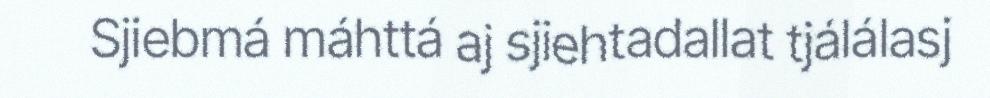
Sjiebmá máhttá aj sjiehtadallat tjálálasj